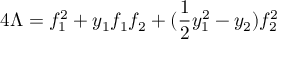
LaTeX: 4 \Lambda = f _ { 1 } ^ { 2 } + y _ { 1 } f _ { 1 } f _ { 2 } + ( \frac { 1 } { 2 } y _ { 1 } ^ { 2 } - y _ { 2 } ) f _ { 2 } ^ { 2 }